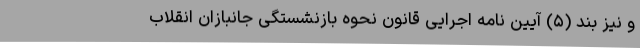
و نیز بند (۵) آیین نامه اجرایی قانون نحوه بازنشستگی جانبازان انقلاب